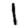
Digit: 1